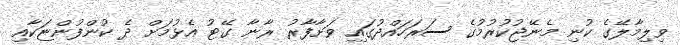
ވިލިމާލޭގެ ކުނި މެނޭޖުކުރުމުގެ ސަރަހައްދުގައި ވަށާފާރު ރާނާ ގޭޓު އެޅުމަށް ދެ ކުންފުންޏަކާއި